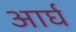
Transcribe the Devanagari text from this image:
आर्घ